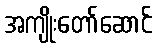
အကျိုးတော်ဆောင်